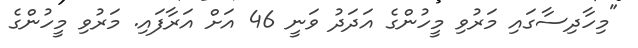
"މިހާދިސާގައި މަރުވި މީހުންގެ އަދަދު ވަނީ 46 އަށް އަރާފައި. މަރުވި މީހުންގެ